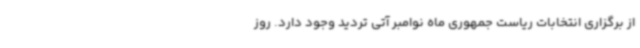
از برگزاری انتخابات ریاست جمهوری ماه نوامبر آتی تردید وجود دارد. روز